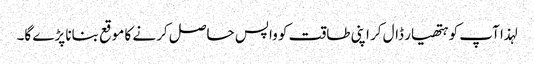
لہذا آپ کو ہتھیار ڈال کر اپنی طاقت کو واپس حاصل کرنے کا موقع بنانا پڑے گا۔